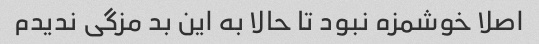
اصلا خوشمزه نبود تا حالا به این بد مزگی ندیدم